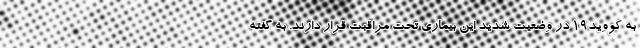
به کووید۱۹ در وضعیت شدید این بیماری تحت مراقبت قرار دارند. به گفته